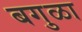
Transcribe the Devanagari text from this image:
बगुळा